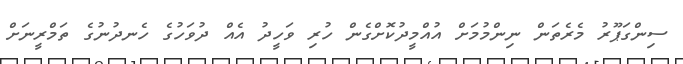
ސިންގަޕޫރު މެރެތަން ނިންމުމަށް އުއްމީދުކޮށްގެން ހުރި ވަހީދު އެއް ދުވަހުގެ ހެނދުނުގެ ތަމްރީނަށް